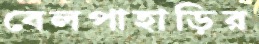
বেলপাহাড়ির